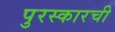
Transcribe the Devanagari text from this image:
पुरस्कारची